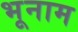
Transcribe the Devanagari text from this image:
भूनाम